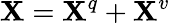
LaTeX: \mathbf{X}=\mathbf{X}^{q}+\mathbf{X}^{v}